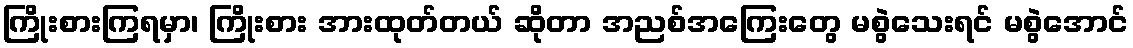
ကြိုးစားကြရမှာ၊ ကြိုးစား အားထုတ်တယ် ဆိုတာ အညစ်အကြေးတွေ မစွဲသေးရင် မစွဲအောင်